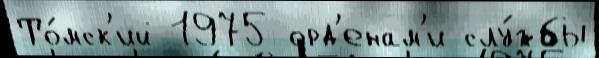
То́мск'ий 1975 орд'енам'и слу́жбы